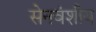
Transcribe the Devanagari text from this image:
सेनवंशीय